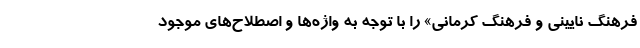
فرهنگ نایینی و فرهنگ کرمانی» را با توجه به واژه‌ها و اصطلاح‌های موجود